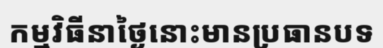
កម្មវិធីនាថ្ងៃនោះមានប្រធានបទ